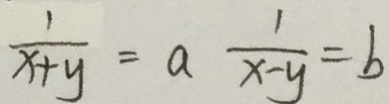
\frac { 1 } { x + y } = a \frac { 1 } { x - y } = b